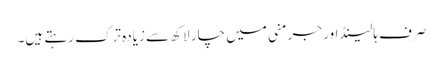
صرف ہالینڈ اور جرمنی میں چار لاکھ سے زیادہ ترک رہتے ہیں۔